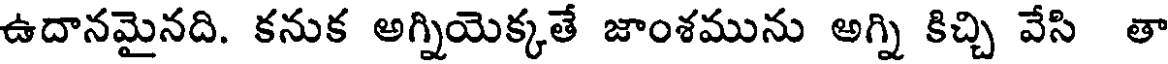
ఉదానమైనది. కనుక అగ్నియెక్కతే జాంశమును అగ్ని కిచ్చి వేసి తా